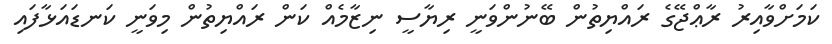
ކަމަށްވާއިރު ރާޢްޖޭގެ ރައްޔިތުން ބޭނުންވަނީ ރިޔާސީ ނިޒާމެއް ކަން ރައްޔިތުން މިވަނީ ކަނޑައަޅާފައި